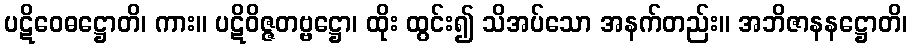
ပဋိဝေဓဋ္ဌောတိ၊ ကား။ ပဋိဝိဇ္ဇတဗ္ဗဋ္ဌော၊ ထိုး ထွင်း၍ သိအပ်သော အနက်တည်း။ အဘိဇာနနဋ္ဌောတိ၊